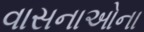
વાસનાઓના